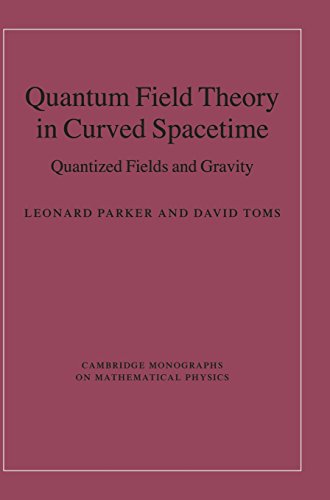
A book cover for Quantum Field Theory in Curved Spacetime: Quantized Fields and Gravity (Cambridge Monographs on Mathematical Physics); Leonard Parker; Science & Math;